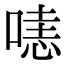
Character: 𠹤